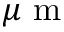
\mu \textrm { m }